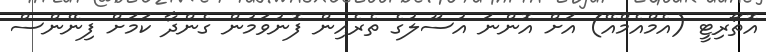
އޮތޯރިޓީ (އެމްއެމްއޭ) އަށް އޮންނަ އުސޫލުގެ ތެރެއިން ފޮނުވަމުން ގެންދާ ކަމަށް ފިނޭންސް